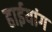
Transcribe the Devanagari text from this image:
हाईयांग